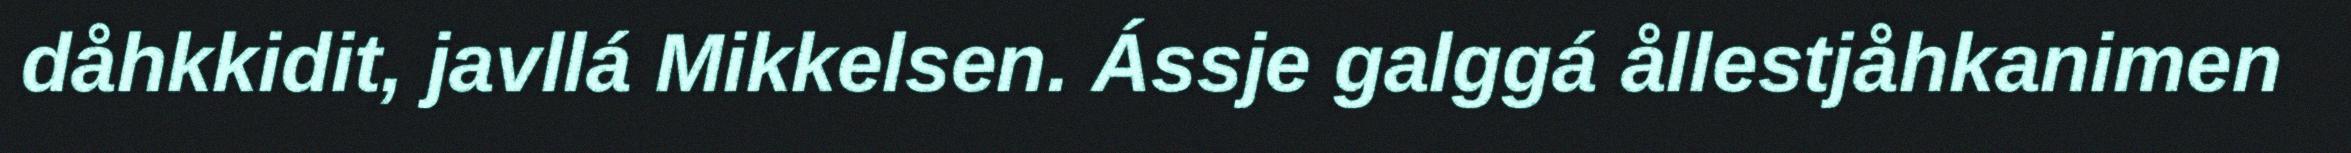
dåhkkidit, javllá Mikkelsen. Ássje galggá ållestjåhkanimen